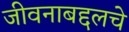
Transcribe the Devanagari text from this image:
जीवनाबद्दलचे